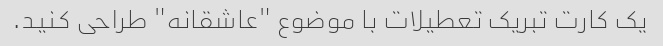
یک کارت تبریک تعطیلات با موضوع "عاشقانه" طراحی کنید.